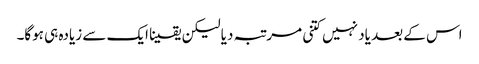
اس کے بعد یاد نہیں کتنی مرتبہ دیا لیکن یقینا ایک سے زیادہ ہی ہوگا۔